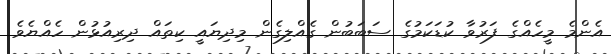
އެންމެ މީހެއްގެ ފަރުވާ ކުޑަކަމުގެ ސަބަބުން ގެއްލިގެން މިދިޔައީ ކިތައް ދިރިއުޅުން ހެއްޔެވެ